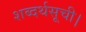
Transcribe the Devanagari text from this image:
शब्दर्थसूची।